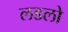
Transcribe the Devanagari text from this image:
लडलो